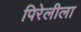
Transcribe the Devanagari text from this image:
पिरेलीला